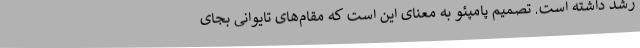
رشد داشته است. تصمیم پامپئو به معنای این است که مقام‌های تایوانی بجای